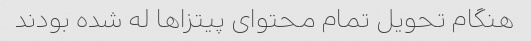
هنگام تحویل تمام محتوای پیتزاها له شده بودند